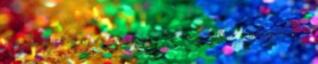
reagál ezekre az eseményekre és meg akar szabadulni a